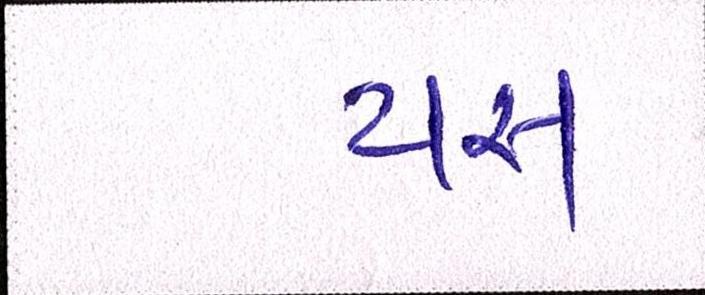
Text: યસ